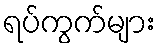
ရပ်ကွက်များ